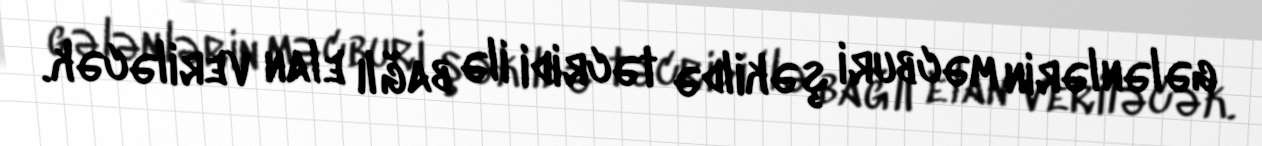
gələnlərin məcburi şəkildə təcridi ilə bağlı elan veriləcək.